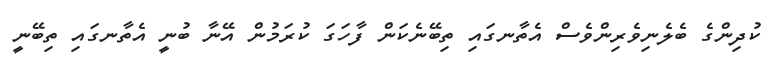
ކުދިންގެ ބެލެނިވެރިންވެސް އެތާނގައި ތިބޭނެކަން ފާހަގަ ކުރަމުން އޭނާ ބުނީ އެތާނގައި ތިބޭނީ